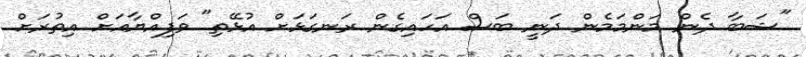
"ޝަބާ ދެން މަންމަމެން ދަނީ ބަސް އަހައިގެން ރަނގަޅަށް އުޅޭތި" ވަފިއްޔާއަށް އިތުރަށް